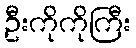
ဦးကိုကိုကြီး